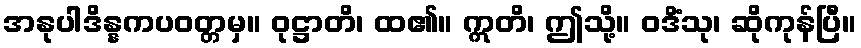
အနုပါဒိန္နကပဝတ္တမှ။ ဝုဋ္ဌာတိ၊ ထ၏။ ဣတိ၊ ဤသို့။ ဝဒိံသု၊ ဆိုကုန်ပြီ။